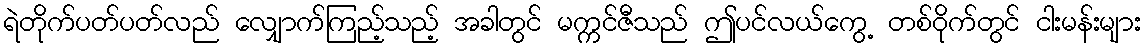
ရဲတိုက်ပတ်ပတ်လည် လျှောက်ကြည့်သည့် အခါတွင် မက္ကင်ဇီသည် ဤပင်လယ်ကွေ့ တစ်ဝိုက်တွင် ငါးမန်းများ